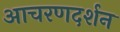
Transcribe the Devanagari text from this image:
आचरणदर्शन